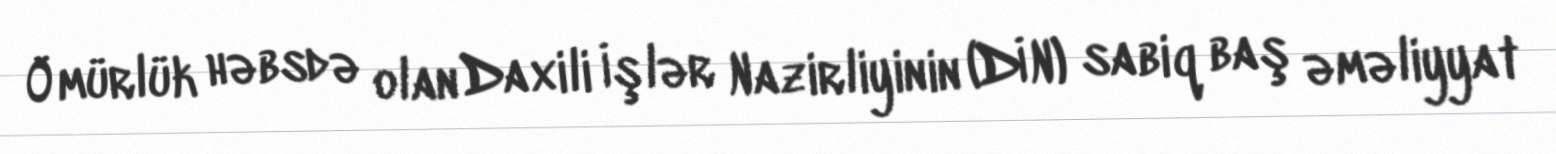
Ömürlük həbsdə olan Daxili İşlər Nazirliyinin (DİN) sabiq baş əməliyyat